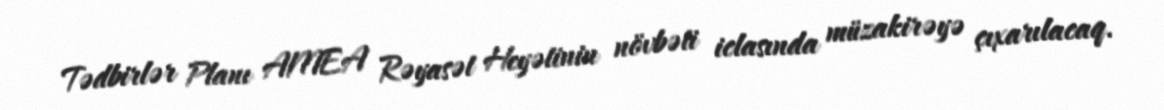
Tədbirlər Planı AMEA Rəyasət Heyətinin növbəti iclasında müzakirəyə çıxarılacaq.